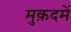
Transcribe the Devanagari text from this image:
मुक़दमें